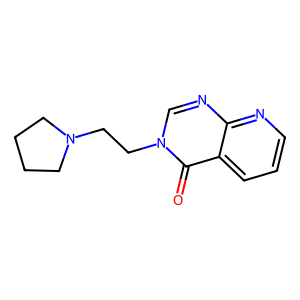
SMILES: O=c1c2cccnc2ncn1CCN1CCCC1
Inhibits HIV replication: No